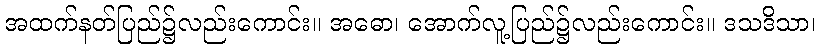
အထက်နတ်ပြည်၌လည်းကောင်း။ အဓော၊ အောက်လူ့ပြည်၌လည်းကောင်း။ ဒသဒိသာ၊